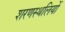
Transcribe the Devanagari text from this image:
शरणस्थलियों